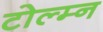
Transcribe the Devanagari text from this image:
टोल्म्न